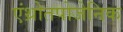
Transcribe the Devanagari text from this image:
एंथ्रोतपोजेनिक